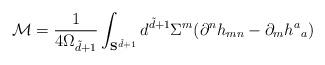
LaTeX: \begin{align*} \mathcal{M}=\frac{1}{4\Omega_{\tilde{d}+1}}\int_{ {\bf S}^{\tilde{d}+1}} d^{\tilde{d}+1}\Sigma^m(\partial^n h_{mn} - \partial_m h^a{}_a)\end{align*}